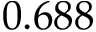
0 . 6 8 8